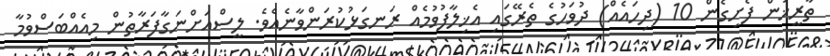
ތާރީޚުން ފެށިގެން 10 (ދިހައެއް) ދުވަހުގެ ތެރޭގައި އެޚިލާފުވުމެއް ރަނގަޅުކުރަންވާނެއެވެ. ލީސްއަށްނަގާފަރާތުން މިއެއްބަސްވުމާ